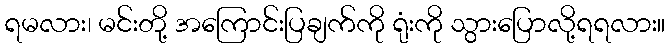
ရမလား၊ မင်းတို့ အကြောင်းပြချက်ကို ရုံးကို သွားပြောလို့ရရလား။